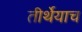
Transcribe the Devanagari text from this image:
तीर्थेयाच